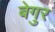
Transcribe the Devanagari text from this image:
बेगुर